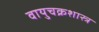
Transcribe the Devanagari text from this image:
वायुचक्रशास्त्र